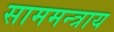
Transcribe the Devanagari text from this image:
साममन्त्राय